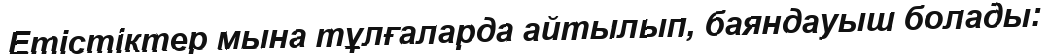
Етістіктер мына тұлғаларда айтылып, баяндауыш болады: